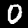
Digit: 0